Insane asylums in Bengal annual reports 1876-1887 - 1876-1887
Year: 1876
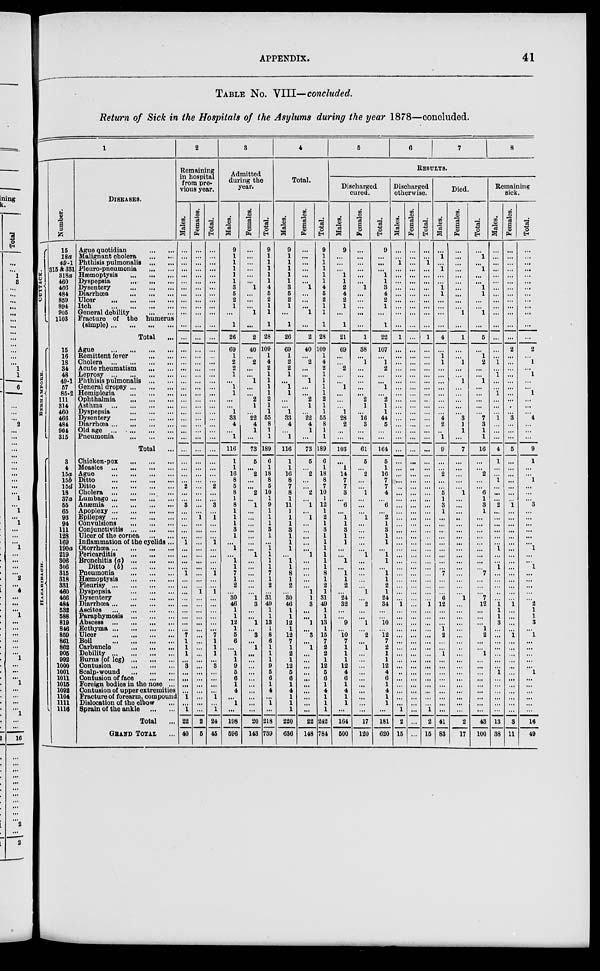
APPENDIX.
41
TABLE No. VIII— concluded.
Return of Sick in the Hospitals of the Asylums during the year 1878—concluded.
1
CUTTACK.
BERHAMPORE.
HAZARIBAGH.
Numbe r
.
15
18a
49-1
315 & 331
318a
460
466
484
859
894
905
1103
15
16
18
34
48
49-1
57
85-2
111
314
460
466
484
904
315
3
4
15a
15b
15d
18
37a
55
65
93
94
111
128
169
190a
219
306
306
315
318
331
460
466
484
532
588
819
846
859
861
862
905
992
1000
1001
1011
1015
1092
1104
1111
1116
DISEASES.
Ague quotidian
...
...
Malignant cholera
...
...
Phthisis pulmonalis ... ...
Pleuro-pneumonia
...
...
Hæmoptysis
...
...
...
Dyspepsia
...
...
...
Dysentery
...
...
...
Diarrhœa ... ... ... ...
Ulcer ... ... ... ...
Itch
...
...
...
...
General debility ... ...
Fracture of the humerus
(simple) ... ... ... ...
Total ...
Ague
...
...
...
...
Remittent fever ... ...
Cholera
...
...
...
...
Acute rheumatism
...
...
Leprosy
...
...
...
...
Phthisis pulmonalis ... ...
General dropsy ... ... ...
Hemiplegia
...
...
...
Ophthalmia
...
...
...
Asthma
...
...
...
...
Dyspepsia
...
...
...
Dysentery ... ... ... ...
Diarrhœa ... ... ... ...
Old age ... ... ... ...
Pneumonia
...
...
...
Total ...
Chioken-pox
...
...
...
Measles
...
...
...
...
Ague
...
...
...
...
Ditto
...
...
...
...
Ditto
...
...
...
...
Cholera
...
...
...
...
Lumbago ... ... ... ...
Anæmia
...
...
...
...
Apoplexy ... ... ... ...
Epilepsy
...
...
...
...
Convulsions
...
...
...
Conjunctivitis
...
...
...
Ulcer of the cornea ... ... ...
Inflammation of the eyelids ...
Otorrhœa
...
...
...
Pericarditis
...
...
...
Bronchitis (a) ... ... ...
Ditto (b) ... ... ...
Pneumonia
...
...
...
Hæmoptysis ... ...
Pleurisy ... ... ... ...
Dyspepsia
...
...
...
Dysentery
...
...
...
Diarrhœa ... ... ... ...
Ascites
...
...
...
...
Paraphymosis ... ... ...
Abscess
...
...
...
...
Ecthyma ... ... ... ...
Ulcer
...
...
...
...
Boil
...
...
...
...
Carbuncle
...
...
...
Debility
...
...
...
Burns (of leg)
...
...
...
Contusion
... ...
...
Scalp-wound
...
...
...
Contusion of face
...
...
Foreign bodies in the nose ...
Contusion of upper extremities
Fracture of forearm, compound
Dislocation of the elbow ...
Sprain of the ankle
...
...
Total ...
GRAND TOTAL ...
2
Remaining
in hospital
from pre-
vious year.
Males.
...
...
...
...
...
...
...
... ...
...
...
...
...
...
...
...
... ...
...
...
...
...
... ...
...
...
... ...
...
...
...
...
... 2
...
... 3
...
...
... ...
...
1
...
...
...
... 1
...
...
...
...
...
...
...
...
... 7
1
1
1
... 3
...
...
...
... 1
...
1
22
40
Females.
...
...
...
...
...
...
...
...
...
...
...
...
...
...
...
... ...
...
...
...
...
...
...
...
...
...
...
...
...
...
...
...
...
...
...
...
...
... 1
...
...
...
...
... ...
...
...
... ...
...
1
...
...
...
...
...
...
...
...
... ...
...
...
...
...
...
...
...
...
...
2
5
Total.
...
...
...
... ...
...
...
...
...
... ...
...
...
...
... ...
...
...
...
...
...
...
... ...
...
...
...
...
...
...
...
... 2
...
... 3
...
1
...
...
... 1
...
...
...
...
1
...
...
1
...
...
...
...
...
... 7
1
1
1
...
3
... ...
...
...
1
...
1
24
45
3
Admitted
during the
year.
Males.
9
1
1
1
1
1
3
5
2
1
...
1
26
69
1
2
2
1
...
1
1
...
...
1
33
4
...
1
116
1
1
16
8
5
8
1
8
1
1
1
3
1
...
1
... 1
1
7
1
2
...
30
46
1
1
12
1
5
6
... 1
1
9
5
6
1
4
...
1
...
198
596
Females.
...
...
...
...
...
...
1
...
...
... 1
...
2
40
... 2
...
...
1
...
...
2
1
...
22
4
1
...
73
5
...
2
...
... 2
...
1
...
...
...
...
... ...
... 1
...
...
...
... ...
...
1
3
... ...
1
...
3
...
1
...
...
...
...
...
...
...
...
...
...
20
143
Total.
9
1
1
1
1
1
4
5
2
1
1
1
28
109
1
4
2
1
1
1
1
2
1
1
55
8
1
1
189
6
1
18
8
5
10
1
9
1
1
1
3
1
...
1
1
1
1
7
1
2
...
31
49
1
1
13
1
8
6
1
1
1
9
5
6
1
4
...
1
...
218
739
4
Total.
Males.
9
1
1
1
1
1
3
5
2
1
...
1
26
69
1
2
2
1
...
1
1
...
...
1
33
4
... 1
116
1
1
16
8
7
8
1
11
1
1
1
3
1
1
1
1
1
8
1
2
...
30
46
1
1
12
1
12
7
1
2
1
12
5
6
1
4
1
1
1
220
636
Females.
...
...
...
...
...
1
...
...
...
1
...
2
40
... 2
...
...
1
...
...
2
1
...
22
4
1
...
73
5
... 2
... ...
2
... 1
...
1
...
... ...
...
...
1
...
...
...
...
...
1
1
3
...
... 1
... 3
... 1
...
...
...
...
...
... ...
...
... ...
22
148
Total.
9
1
1
1
1
1
4
5
2
1
1
1
28
109
1
4
2
1
1
1
1
2
1
1
55
8
1
1
189
6
1
18
8
7
10
1
12
1
2
1
3
1
1
1
1
1
1
8
1
2
1
31
49
1
1
13
1
15
7
2
2
1
12
5
6
1
4
1
1
1
242
784
5
6
7
8
RESULTS.
Discharged
cured.
Males.
9
...
...
...
1
1
2
4
2
1
...
1
21
69
...
...
2
...
...
1
...
...
...
1
28
2
...
...
103
...
1
14
7
7
3
...
6
... 1
1
3
1
1
...
... 1
...
1
1
2
...
24
32
...
...
9
... 10
7
1
1
1
12
4
6
1
4
1
1
...
164
500
Females.
...
...
...
...
...
...
1
...
...
...
...
...
1
38
...
1
...
...
...
...
...
2
1
...
16
3
...
...
61
5
... 2
...
... 1
...
...
... 1
...
... ...
...
... 1
...
...
...
... ... 1
... 2
...
...
1
... 2
...
1
... ...
...
...
...
...
...
...
... ...
17
120
Total.
9
...
...
...
1
1
3
4
2
1
...
1
22
107
... 1
2
...
...
1
...
2
1
1
44
5
... ...
164
5
1
16
7
7
4
...
6
...
2
1
3
1
1
... 1
1
... 1
1
2
1
24
34
...
... 10
... 12
7
2
1
1
12
4
6
1
4
1
1
...
181
620
Discharged
otherwise.
Males.
...
... 1
...
...
...
...
...
...
...
...
...
1
...
...
...
...
...
...
...
...
...
...
...
...
...
... ...
...
...
...
... ...
..
...
...
... ...
...
...
...
...
...
...
... ...
... ...
...
... ...
... 1
...
...
...
...
...
...
...
...
...
...
..
... ...
...
...
... 1
2
15
Females.
...
...
...
...
...
...
...
...
...
...
...
...
...
...
...
...
...
...
...
...
...
...
...
... ...
...
... ...
...
...
...
...
... ...
...
...
...
...
...
...
...
...
...
...
...
...
... ...
...
...
...
...
... ...
... ...
...
...
...
...
...
...
...
...
...
...
...
...
... ...
...
...
Total.
...
...
1
...
...
...
...
...
... ...
...
...
1
...
...
...
...
...
...
...
...
...
...
...
... ...
...
...
...
...
...
... ...
...
...
...
...
... ...
...
...
...
...
... ...
...
...
... ...
...
...
... 1
...
... ...
...
...
...
...
...
...
...
...
...
...
...
...
1
2
15
Died.
Males.
...
1
...
1
...
...
1
1
...
... ...
...
4
...
1
1
...
...
...
...
...
...
...
...
4
2
..
1
9
...
... 2
... ...
5
1
3
1
...
... ...
...
...
...
... ...
... 7
...
...
...
6
12
...
... ...
1
2
...
... 1
...
...
...
...
...
...
...
...
...
41
83
Females.
...
...
...
...
...
...
...
... ...
... 1
...
1
...
... 1
...
... 1
...
... ...
...
...
3
1
1
...
7
...
...
...
...
...
1
...
... ...
...
...
...
...
...
...
...
...
...
... ...
...
...
1
...
...
...
...
...
... ...
..
...
...
...
... ...
...
... ...
...
...
2
17
Total.
...
1
...
1
...
...
1
1
...
... 1
...
5
...
1
2
...
...
1
...
...
...
...
...
7
3
1
1
16
...
...
2
...
... 6
1
3
1
...
...
...
...
...
...
...
...
... 7
...
... ...
7
12
...
...
...
1
2
...
... 1
...
... ...
...
...
...
...
...
...
43
100
Remaining
sick.
Males.
...
...
...
...
...
...
...
...
...
... ...
...
...
...
... 1
...
1
...
... 1
...
... ...
1
...
... ...
4
1
...
... 1
...
...
...
2
...
...
...
...
...
...
1
...
... 1
... ...
...
...
... 1
1
1
3
...
...
... ...
...
...
... 1
...
...
...
... ...
...
13
38
Females.
...
... ...
...
...
...
...
...
...
...
...
...
...
2
...
...
...
...
...
...
...
...
...
...
3
... ...
...
5
...
...
...
...
...
...
... 1
...
...
...
...
...
...
... ...
...
...
...
...
...
...
...
1
...
... ...
... 1
...
...
... ...
...
...
... ...
...
... ...
...
3
11
Total.
...
...
...
...
...
...
...
...
...
...
...
...
...
2
...
1
...
1
...
...
1
...
...
...
4
...
...
...
9
1
...
...
1
...
...
...
3
...
...
...
...
...
... 1
...
... 1
...
...
...
...
...
2
1
1
3
...
1
...
...
... ...
...
1
...
...
... ...
...
...
16
49